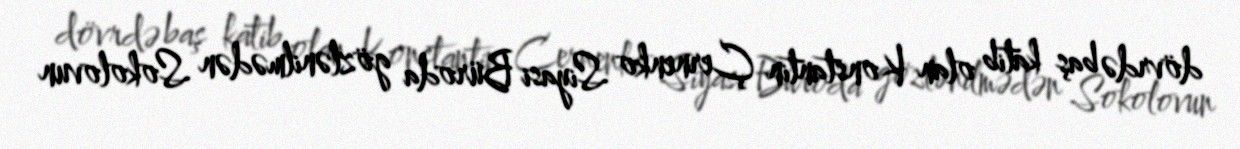
dövrdə baş katib olan Konstantin Çernenko Siyasi Büroda gözlənilmədən Sokolovun